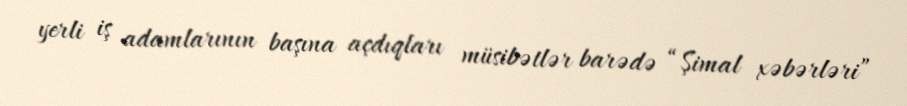
yerli iş adamlarının başına açdıqları müsibətlər barədə “Şimal xəbərləri”